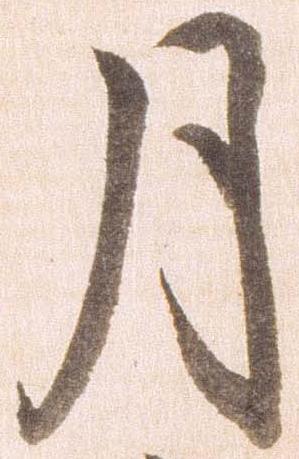
月